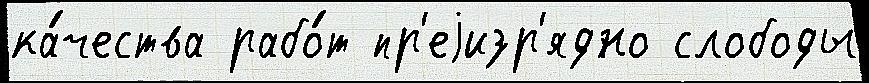
ка́чества рабо́т пр'еjизр'ядно слободы